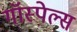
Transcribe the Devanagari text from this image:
गॉस्पेल्स